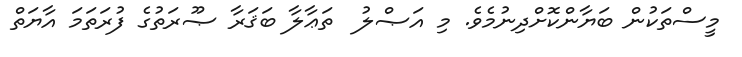
މީސްތަކުން ބަޔާންކޮށްދިނުމެވެ. މި އަޞްލު  ތަޢާލާ ބަޤަރާ ޞޫރަތުގެ ފުރަތަމަ އާޔަތް